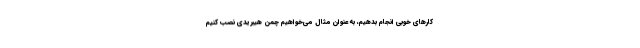
کارهای خوبی انجام بدهیم، به عنوان مثال می‌خواهیم چمن هیبریدی نصب کنیم